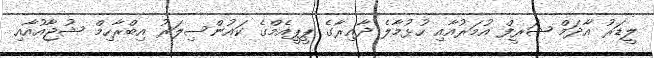
ލީޑަރު އާދަމް ޝަރީފް އުމަރުއާއި ހުޅުމާލެ ދާއިރާގެ ޕީޕީއެމްގެ ކައުންސިލަރު އިބްރާހިމް ޝުޖާއުއާއި